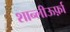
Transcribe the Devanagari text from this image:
शान्लीऊर्फ़ा